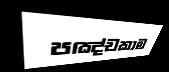
පඤ්චකාම